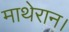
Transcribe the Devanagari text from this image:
माथेरान।